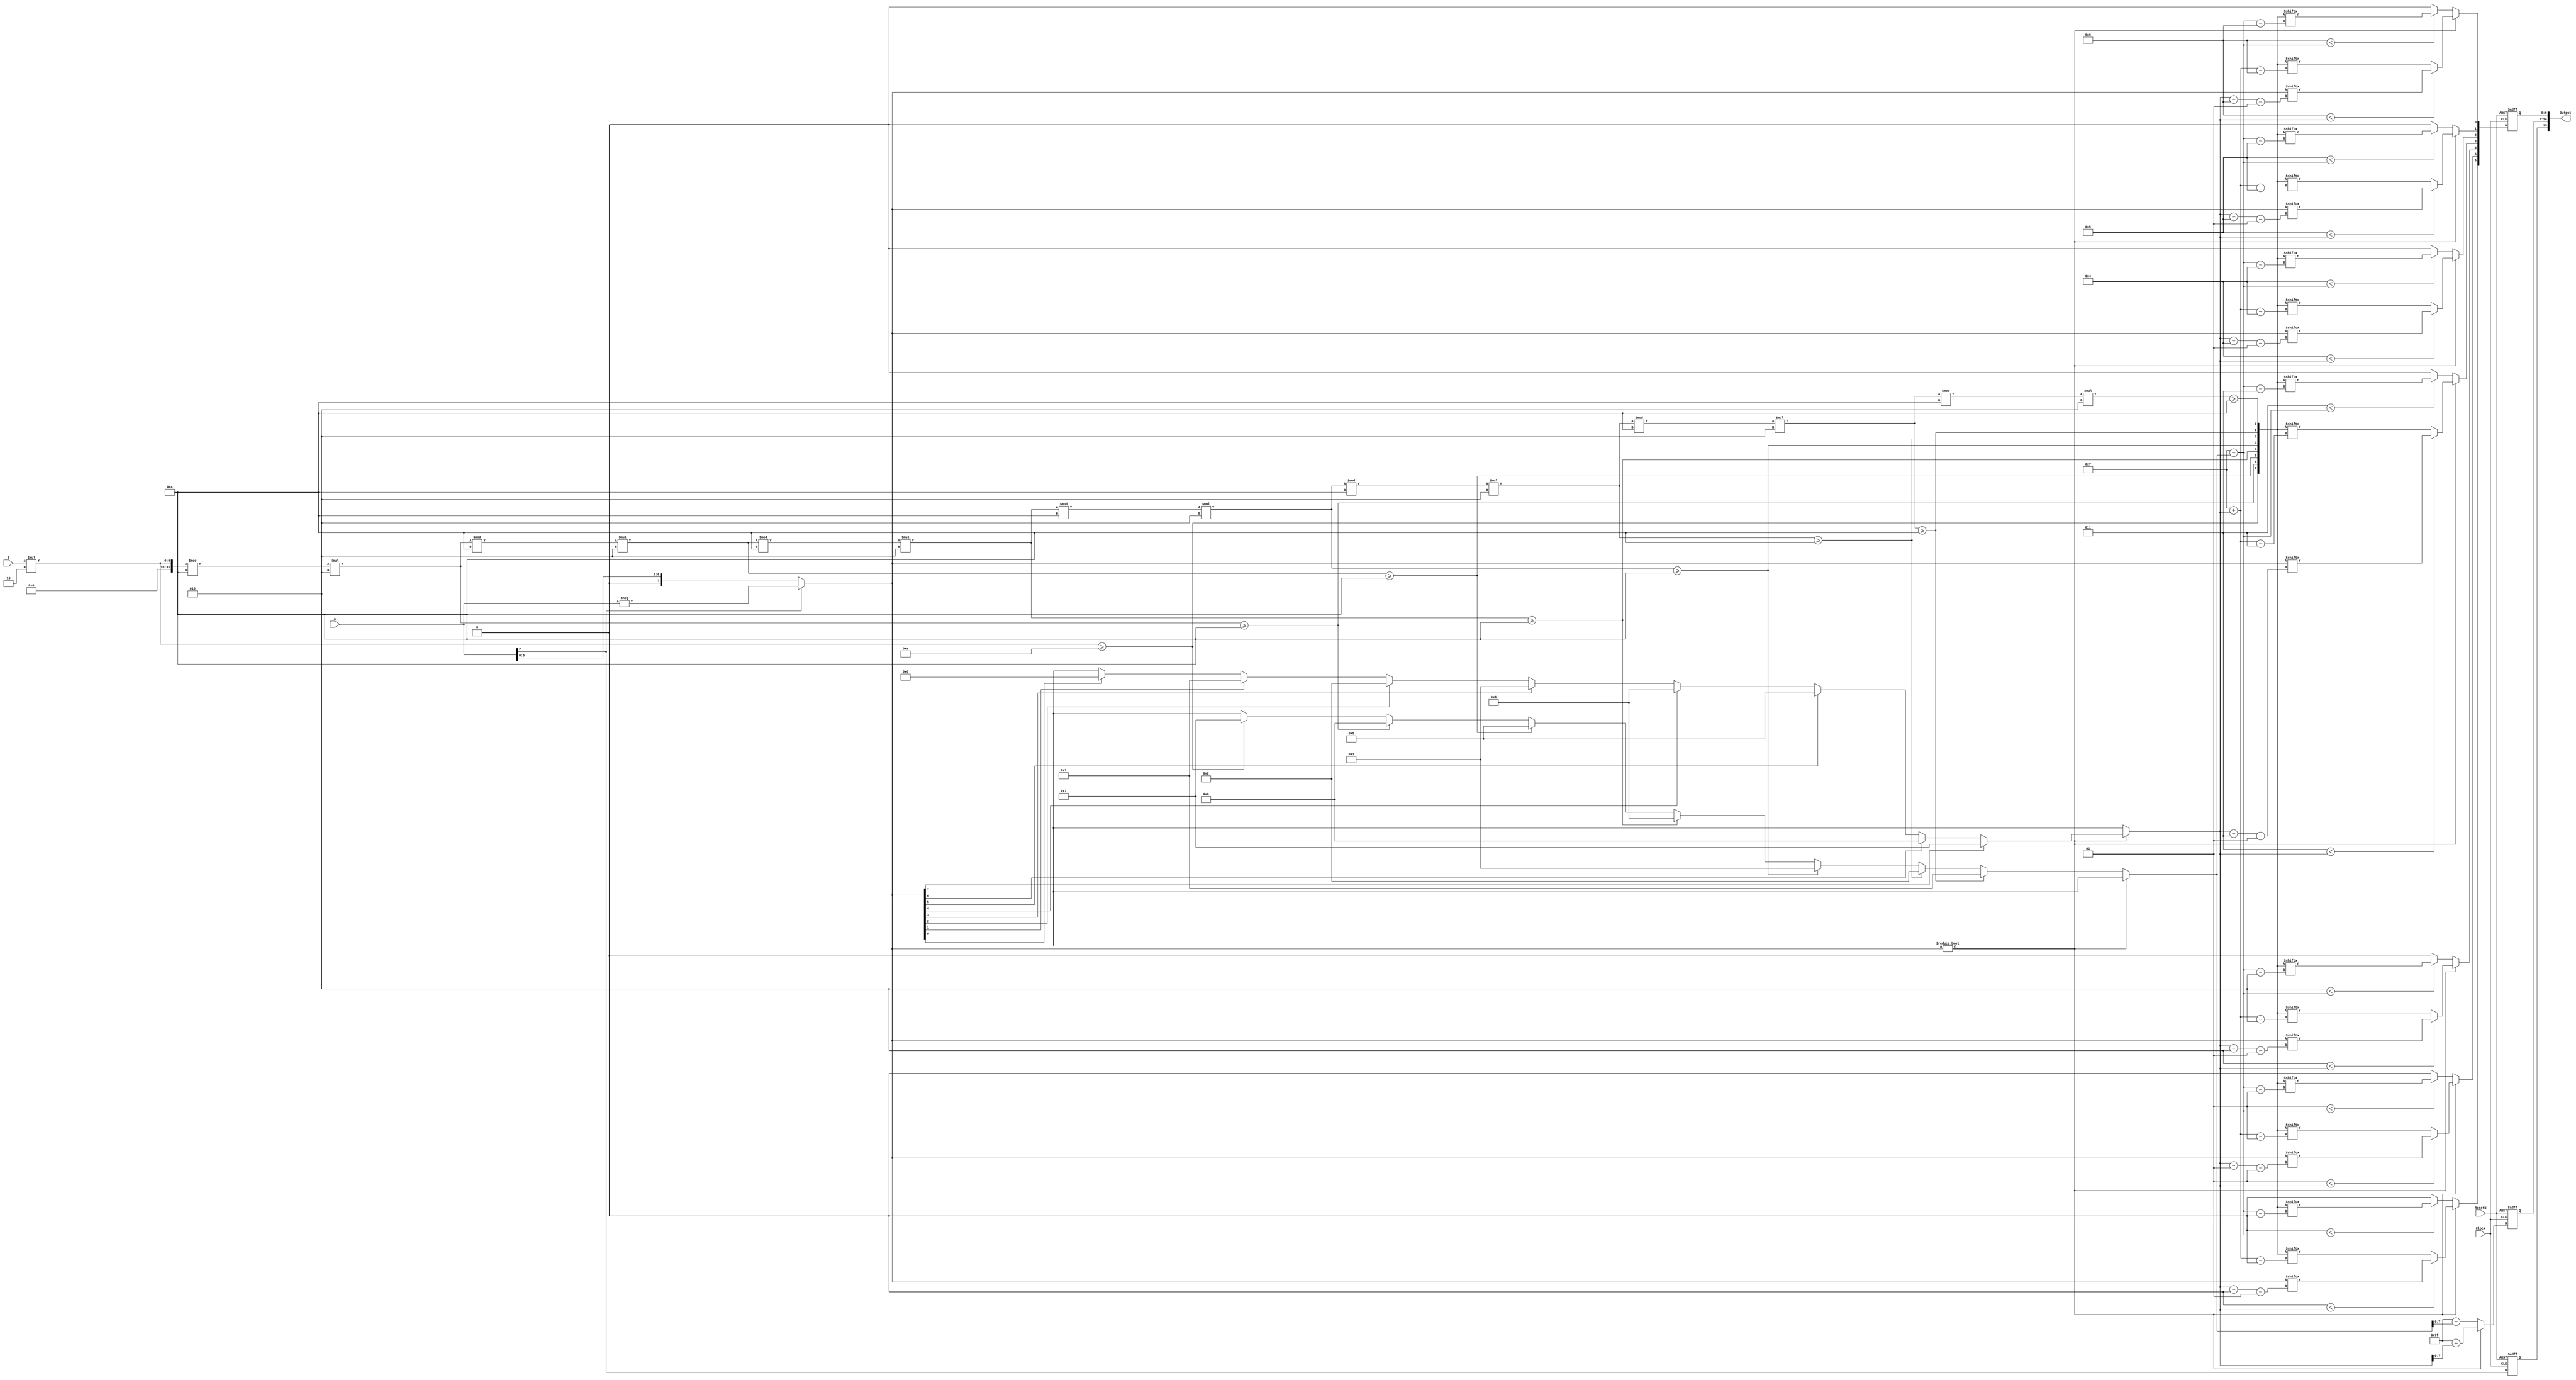
module Floater(
	input ResetN,
	input Clock,
	input [7:0] A,
	input [7:0] B,
	output [15:0] Output
);
	reg sign;
	reg [7:0] exponent;
	reg [6:0] mantis = 'bx;
	assign Output = {sign, exponent, mantis};
	
	integer i, power, res, bb;
	reg [7:0] mant, aa;
	always @(negedge ResetN, posedge Clock)
		if(!ResetN) begin
			sign = 0;
			exponent = 0;
			mantis = 0;
		end else begin:calc
			sign = A[7];
			aa = sign? -A: A;
			 
			mantis = 'bx;
			i='bx;
			power='bx;
			res='bx;
			bb='bx;
			
			bb = B;
			for(i=0; i<8; i=i+1) begin: tobin
				res = bb * 2;
				mant[7-i] = res>=10;
				bb = res % 10;
			end

			if(aa!=0) begin
				for(i=0; i<8; i=i+1)
					if(aa[i])
						power=i; // find last 1 occured
				exponent = 127 + power;
				
				for(i=0; i<7; i=i+1)
					mantis[6-i] = i<power? aa[power-i-1] : mant[7+power-i];
			end else begin
				for(i=0; i<7; i=i+1)
					if(mant[7-i])
						power=7-i; // find last 1 occured
				exponent = 127 - power;
				
				for(i=0; i<7; i=i+1)
					mantis[6-i] = i<7-power?mant[7-power-i]:0;
			end
		
	end:calc

endmodule